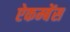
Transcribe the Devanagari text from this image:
ऐकम्बेंस